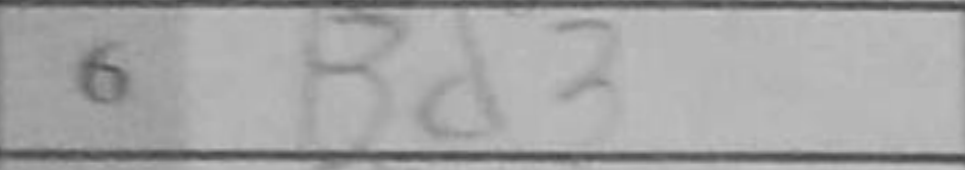
Transcription: Bd3